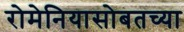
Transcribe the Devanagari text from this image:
रोमेनियासोबतच्या